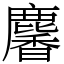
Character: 麘